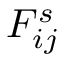
F _ { i j } ^ { s }